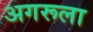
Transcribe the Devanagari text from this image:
अगरूला